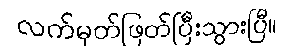
လက်မှတ်ဖြတ်ပြီးသွားပြီ။